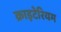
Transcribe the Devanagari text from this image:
क्राइटेरियम